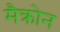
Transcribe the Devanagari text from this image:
मैक्रोन